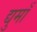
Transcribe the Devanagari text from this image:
द्युमाँ